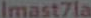
Imast7la